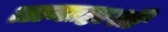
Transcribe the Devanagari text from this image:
तानाहाशी